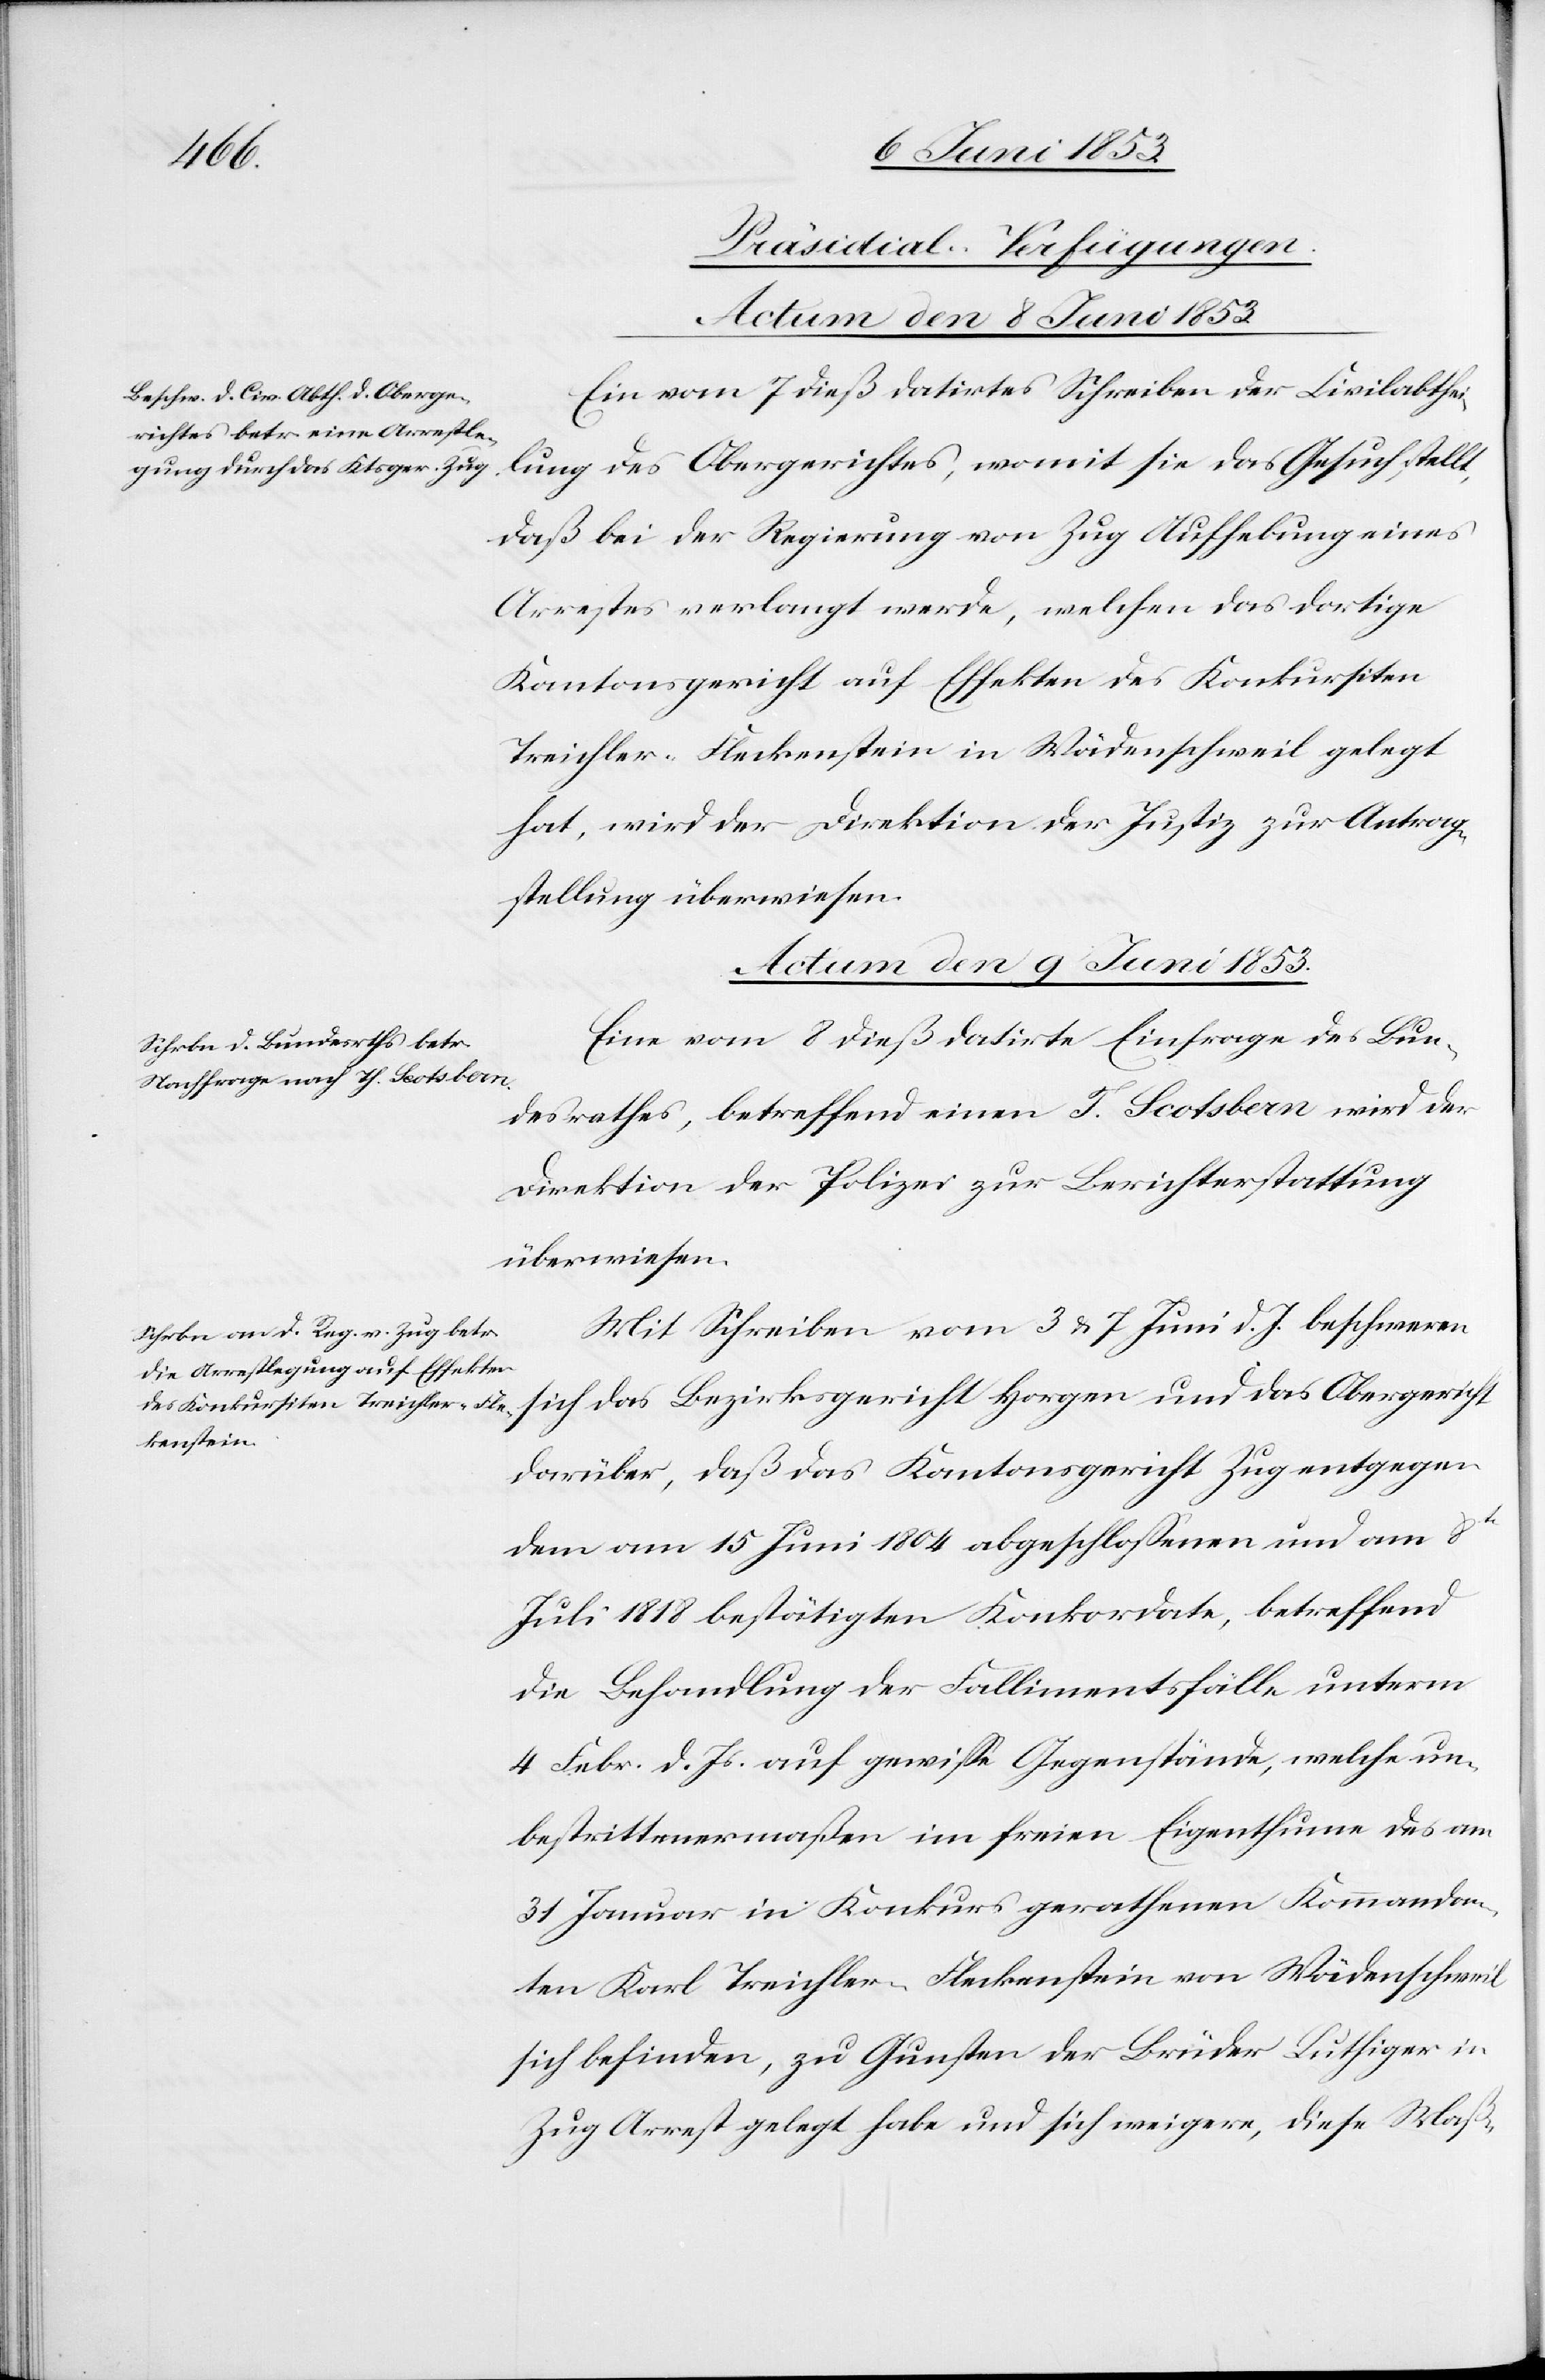
[Präsidial-Verfügungen.
Actum den 8 Juni 1853
Ein vom 7 dieß datirtes Schreiben der Civilabthei¬
lung des Obergerichtes, womit sie das Gesuch stellt,
daß bei der Regierung von Zug Aufhebung eines
Arrestes verlangt werde, welchen das dortige
Kantonsgericht auf Effekten des Konkursiten
Treichler-Fleckenstein in Wädenschweil gelegt
hat, wird der Direktion der Justiz zur Antrag¬
stellung überwiesen.
Actum den 9 Juni 1853.]
Eine vom 8 dieß datirte Einfrage des Bun¬
desrathes, betreffend einen J. Scotsban wird der
Direktion der Polizei zur Berichterstattung
überwiesen.
Mit Schreiben vom 3 u. 7 Juni d. J. beschweren
sich das Bezirksgericht Horgen und das Obergericht
darüber, daß das Kantonsgericht Zug entgegen
dem am 15 Juni 1804 abgeschloßenen und am 8tn
Juli 1818 bestätigten Konkordate, betreffend
die Behandlung der Fallitementsfälle unterm
4 Febr. d. Js. auf gewiße Gegenstände, welche un¬
bestrittenermaßen im freien Eigenthum des am
31 Januar in Konkurs gerathenen Kommandan¬
ten Karl Treichler-Fleckenstein von Wädenschweil
sich befinden, zu Gunsten der Brüder Luthiger in
Zug Arrest gelegt habe und sich weigere, diese Maß-